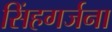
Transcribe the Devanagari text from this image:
सिंहगर्जना